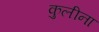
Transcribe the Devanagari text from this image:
कुलीना